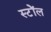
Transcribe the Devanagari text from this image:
स्टॉेल